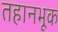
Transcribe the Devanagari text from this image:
तहानभूक